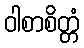
ဝါစာစိတ္တံ